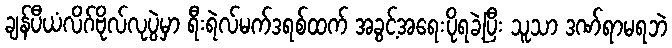
ချန်ပီယံလိဂ်ဗိုလ်လုပွဲမှာ ရီးရဲလ်မက်ဒရစ်ထက် အခွင့်အရေးပိုရခဲ့ပြီး သူသာ ဒဏ်ရာမရဘဲ